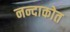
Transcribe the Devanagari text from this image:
नन्दाकोत